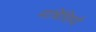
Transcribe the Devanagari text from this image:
मार्चिसियो